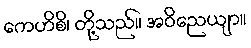
ကေဟိစိ၊ တို့သည်။ အဝိညေယျာ။